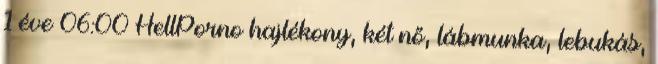
1 éve 06:00 HellPorno hajlékony, két nő, lábmunka, lebukás,